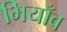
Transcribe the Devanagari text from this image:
भियाँव